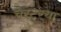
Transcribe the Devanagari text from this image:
चेस्टरचा